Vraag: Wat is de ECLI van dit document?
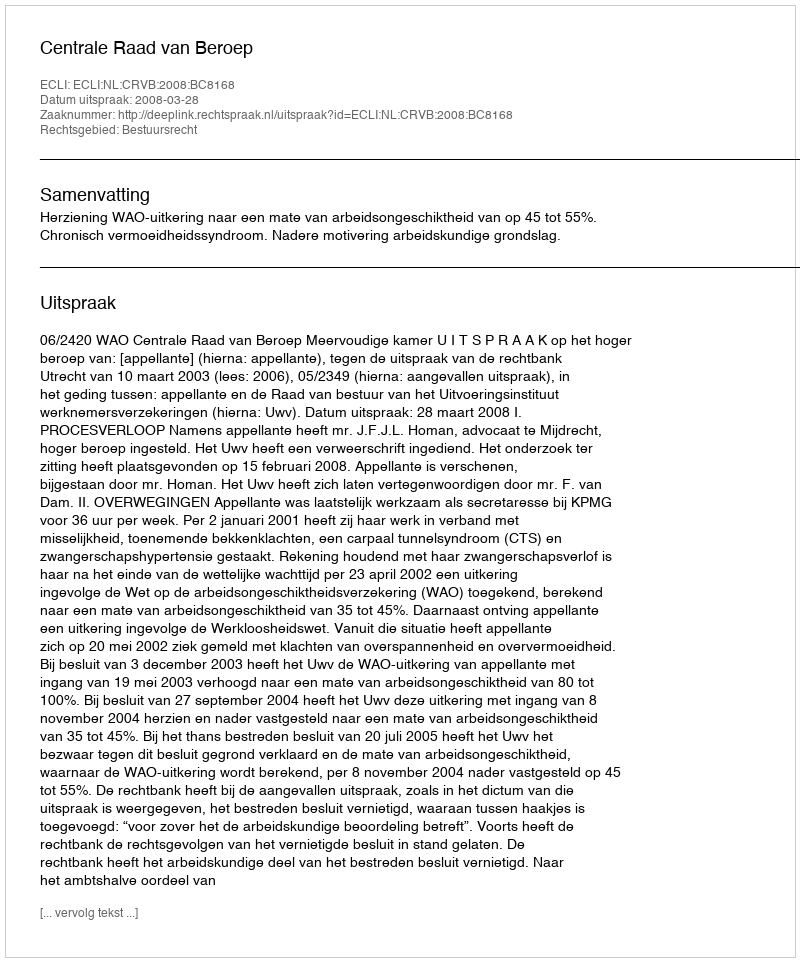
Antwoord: ECLI:NL:CRVB:2008:BC8168